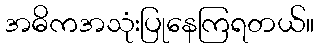
အဓိကအသုံးပြုနေကြရတယ်။